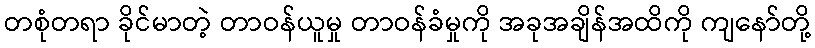
တစုံတရာ ခိုင်မာတဲ့ တာဝန်ယူမှု တာဝန်ခံမှုကို အခုအချိန်အထိကို ကျနော်တို့